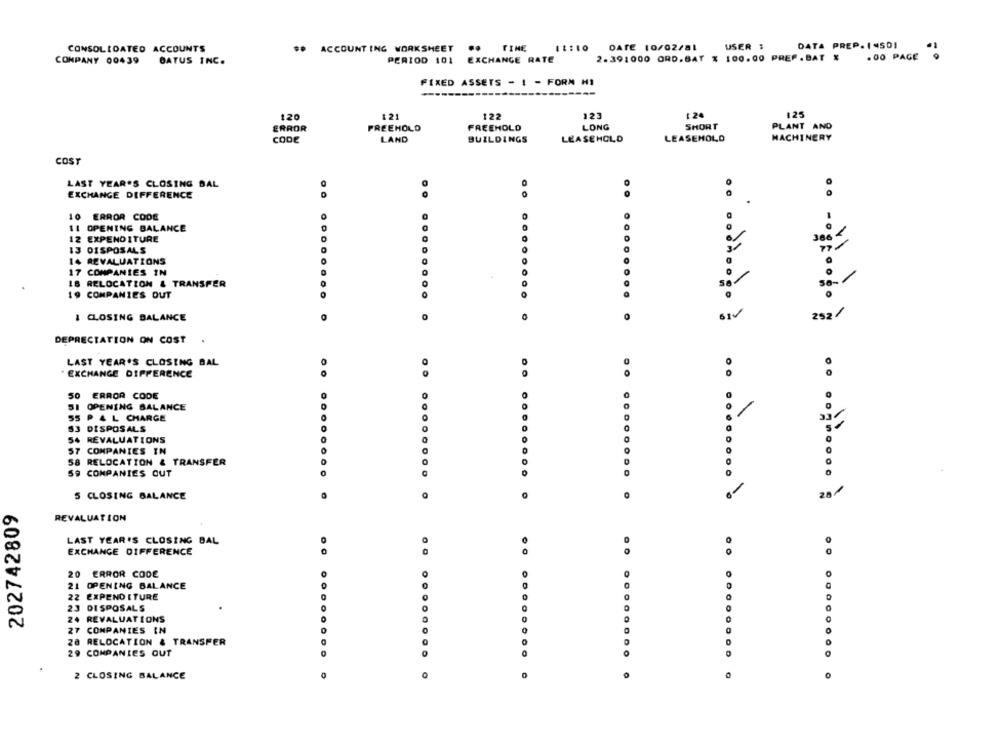
DATA PREP. ( 45DI
CONSOLIDATED ACCOUNTS
## ACCOUNT ING WORKSHEET
..
TINE
DATE 10/02/81
USER :
COMPANY 00439
PERIOD 101
EXCHANGE RATE
2.391000 ORD.BAT % 100.00 PREF.BAT X
. 00 PAGE
OATUS INC.
FIXED ASSETS - I - FORM HI
t 24
125
120
121
122
123
ERROR
PREEHOLD
FREEHOLD
LONG
SHORT
PLANT AND
coDE
LAND
BUILDINGS
LEASEHOLD
LEASEMOLO
MACHINERY
COST
LAST YEAR'S CLOSING BAL
EXCHANGE DIFFERENCE
10
ERROR CODE
11
OPENING BALANCE
12 EXPENDITURE
13 DISPOSALS
14 REVALUATIONS
17 COMPANIES IN
18 RELOCATION & TRANSFER
0
19 COMPANIES OUT
.. ........
.. ........
I CLOSING BALANCE
61v
252/
DEPRECIATION ON COST
LAST YEAR'S CLOSING BAL
. EXCHANGE DIFFERENCE
10
50 ERROR CODE
0
51
OPENING BALANCE
55
P & L CHARGE
S3 DISPOSALS
54 REVALUATIONS
0
57 COMPANIES IN
58 RELOCATION & TRANSFER
59 COMPANIES OUT
..... . . .
0
.. ....... ........
28
5 CLOSING BALANCE
O
202742809
REVALUATION
LAST YEAR'S CLOSING BAL
EXCHANGE DIFFERENCE
20 ERROR CODE
21 OPENING BALANCE
22
EXPENDITURE
23 DISPOSALS
REVALUATIONS
0
27 COMPANIES IN
0
28 RELOCATION & TRANSFER
0
29 COMPANIES OUT
........
0
2 CLOSING BALANCE